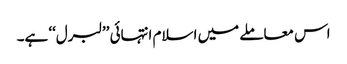
اس معاملے میں اسلام انتہائی ’’لبرل‘‘ ہے۔